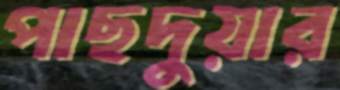
পাছদুয়ার